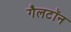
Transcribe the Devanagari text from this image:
गैलटॉन